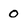
Character: 0